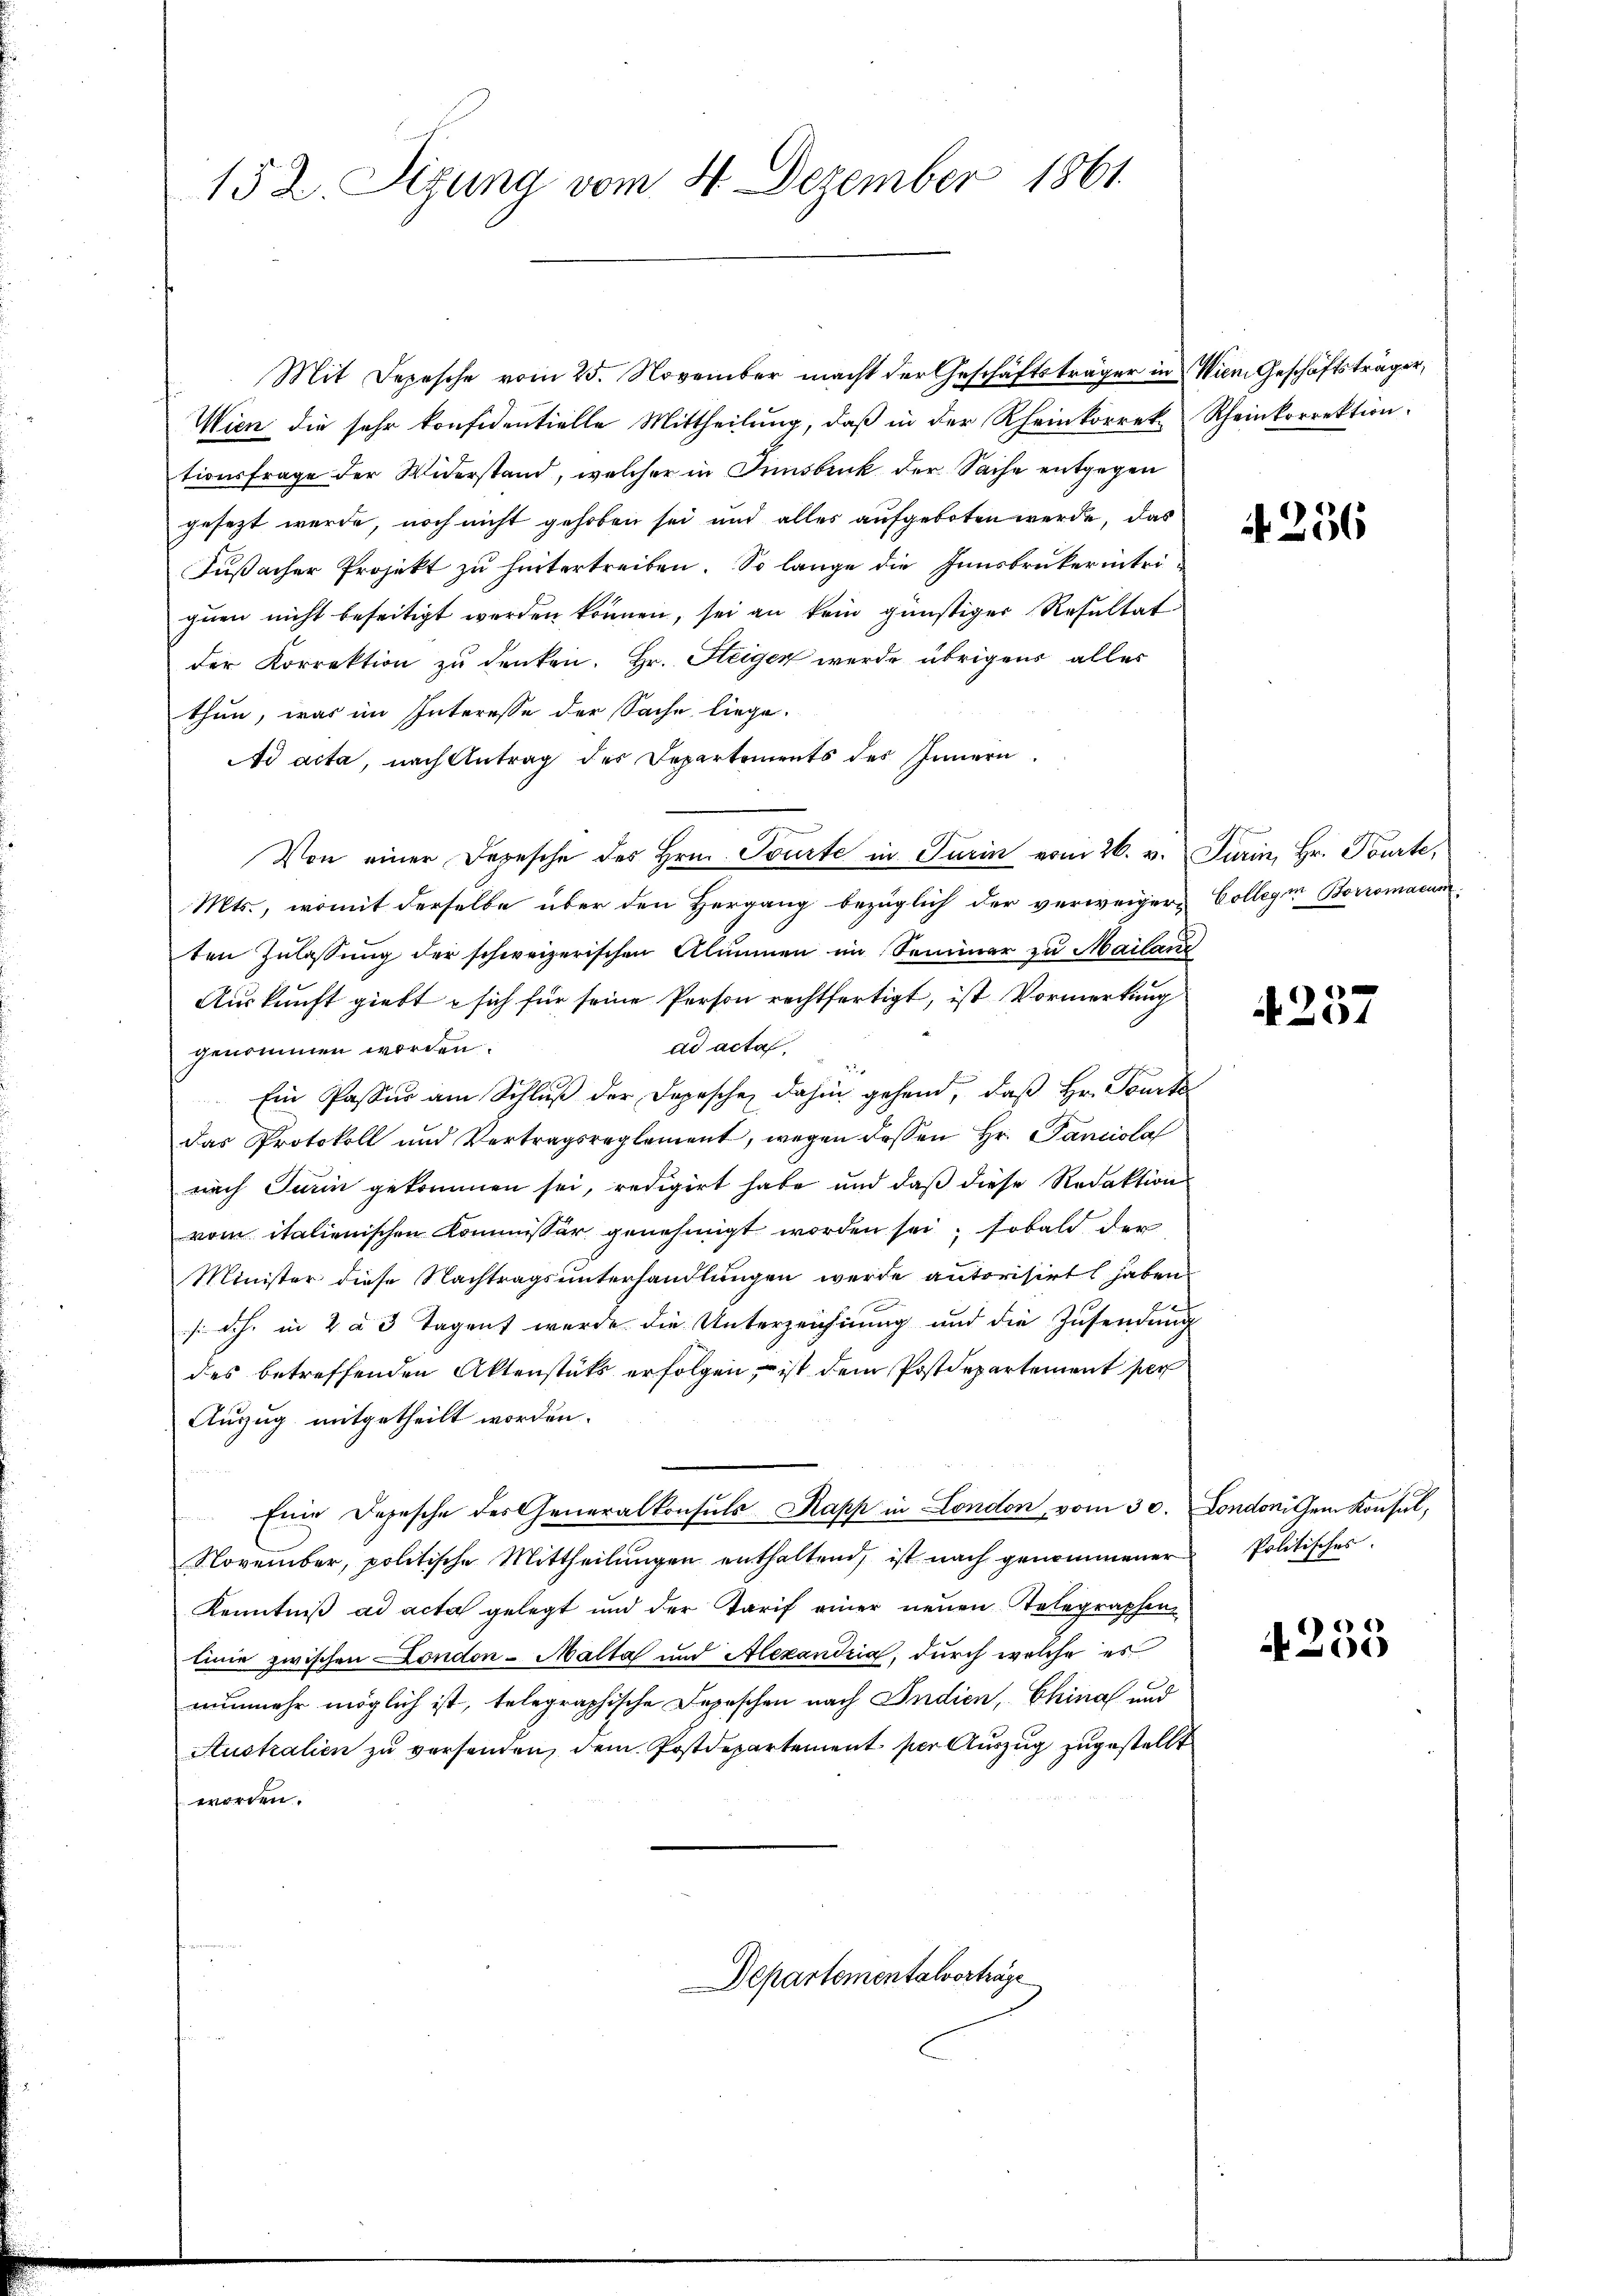
152. Sizung vom 4. Dezember 1861

Mit Depesche vom 25. November macht der Geschäftsträger in Wien Geschäftsträger,
Wien die sehr konfidentielle Mittheilung, daß in der Rheinkorrek. Rheinkorrektion.
tionsfrage der Widerstand, welcher in Innsbruck der Sache entgegen
gesezt werde, noch nicht gehoben sei und alles aufgeboten werde, das
Fußacher Projekt zu hintertreiben. So lange die Innsbrukerinteiqŭen nicht beseitigt werden können, sei an kein günstiger Resultat
der Korrektion zu denken. Hr. Steigen werde übrigens alles
thun, was im Interesse der Sache liege.
Ad acta, nach Antrag des Departements des Innern
Von einer Depesche des Hrn. Tourte in Turin vom 26. v. Turin, Hr. Tourte,
Mts., womit derselbe über den Hergang bezüglich der verweigern Collegien Borromacum
ten Zulassung der schweizerischen Alumnen im Sommer zu Mailanz
Auskunft giebt sich für seine Person rechtfertigt, ist Vormerkung
ad acta,
genommen worden.
Ein Passur am Schlŭβ der Depesche dahin gehend, daß Hr. Touck
das Protokoll und Vertragsreglement, wegen dessen Hr. Pancisla
nach Turin gekommen sei, redigirt habe und daß diese Redaktion
vom italienischen Kommissor genehmigt worden sei; sobald der
Minister diese Nachtragsunterhandlungen werde autorisirt haben.
f
sch. in 2 u 3 Tagent wurde die Unterzeichnung und die Zusendung
des betreffenden Aktenstüks erfolgen, ist dem Postdepartement per
Auszug mitgetheilt worden.
Eine Depesche des Generalkonsuls Kapp in London vom 30. Londoni dem Konsul,
November, politische Mittheilŭngen enthaltend, ist nach genommener
Kenntniß ad acta gelegt und der Tarif einer neuen Telegraphen
linie zwischen London-Malta und Alexandria, durch welche es
nunmehr möglich ist, telegraphische Depeschen nach Indien, China und
Australien zu versenden, dem Postdepartement per Auszug zugestellt
worden.
Departementalvorträge

256

A 201

Politisches.

4235